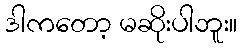
ဒါကတော့ မဆိုးပါဘူး။